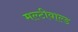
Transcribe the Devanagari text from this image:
मल्टीवाल्ड